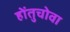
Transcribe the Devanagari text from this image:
होंतुचोवा